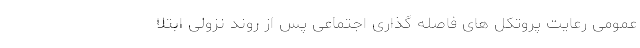
عمومی رعایت پروتکل های فاصله گذاری اجتماعی پس از روند نزولی ابتلا